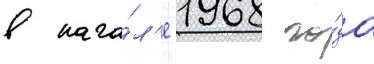
в нача́л'е 1968 го́да